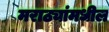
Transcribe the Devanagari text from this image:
मराठ्यांमधील